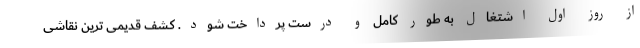
از روز اول اشتغال به طور کامل و درست پرداخت شود. کشف قدیمی ترین نقاشی